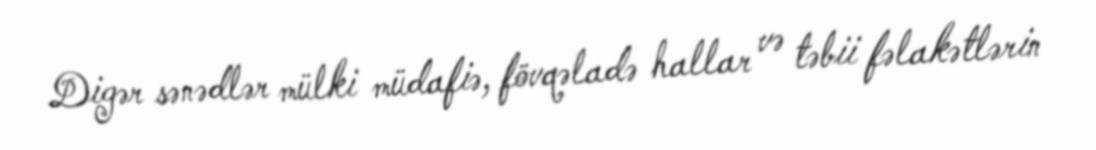
Digər sənədlər mülki müdafiə, fövqəladə hallar və təbii fəlakətlərin